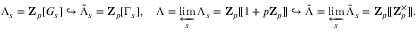
\Lambda _ { s } = \mathbf { Z } _ { p } [ G _ { s } ] \hookrightarrow \tilde { \Lambda } _ { s } = \mathbf { Z } _ { p } [ \Gamma _ { s } ] , \quad \Lambda = \varprojlim _ { s } \Lambda _ { s } = \mathbf { Z } _ { p } [ \! [ 1 + p \mathbf { Z } _ { p } ] \! ] \hookrightarrow \tilde { \Lambda } = \varprojlim _ { s } \tilde { \Lambda } _ { s } = \mathbf { Z } _ { p } [ \! [ \mathbf { Z } _ { p } ^ { \times } ] \! ] .